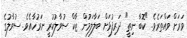
ވަރަށް ވައްތަރެވެ. "ކޮބާ ނިތީ" ދަރިފުޅަށް ބަލާލަމުން ޒާކް ސުވާލުކުރީ ނަރުހާއެވެ. ސުވާލުގެ